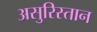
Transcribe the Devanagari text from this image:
असुरिस्तान